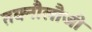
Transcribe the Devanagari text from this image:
तक्नौलौजी